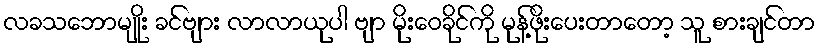
လခသဘောမျိုး ခင်ဗျား လာလာယုပါ ဗျာ မိုးဝေခိုင်ကို မုန့်ဖိုးပေးတာတော့ သူ စားချင်တာ